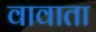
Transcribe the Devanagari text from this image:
वावाता